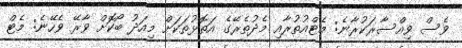
ވެސް ވިއްސާރަކުރާނެ: މެޓްއުތުރާއި މެދުތެރޭގެ އަތޮޅުތަކަށް މިއަދު ބޯކޮށް ވާރޭ ވެހޭނެ: މެޓް